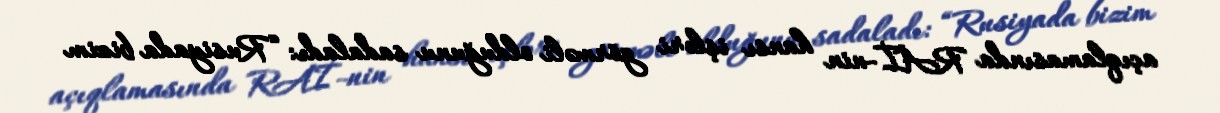
açıqlamasında RAİ-nin hansı işləri görməli olduğunu sadaladı: “Rusiyada bizim